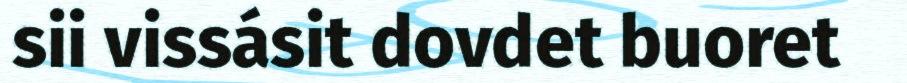
sii vissásit dovdet buoret